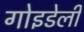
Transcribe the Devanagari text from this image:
गोइडेली